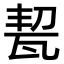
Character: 㼤